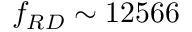
f _ { R D } \sim { 1 2 5 6 6 }